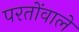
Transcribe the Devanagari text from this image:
परतोंवाले